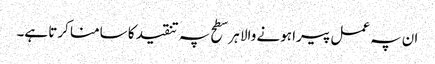
ان پہ عمل پیرا ہونے والا ہر سطح پہ تنقید کا سامنا کرتا ہے۔